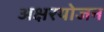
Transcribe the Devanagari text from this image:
अक्षरयोजन